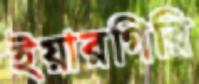
ইয়ারগিরি